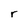
Character: r